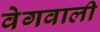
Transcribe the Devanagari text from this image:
वेगवाली